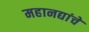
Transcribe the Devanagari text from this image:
महानद्यांचे